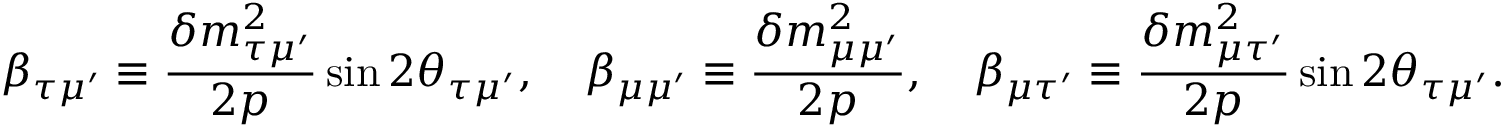
\beta _ { \tau \mu ^ { \prime } } \equiv { \frac { \delta m _ { \tau \mu ^ { \prime } } ^ { 2 } } { 2 p } } \sin 2 \theta _ { \tau \mu ^ { \prime } } , \quad \beta _ { \mu \mu ^ { \prime } } \equiv { \frac { \delta m _ { \mu \mu ^ { \prime } } ^ { 2 } } { 2 p } } , \quad \beta _ { \mu \tau ^ { \prime } } \equiv { \frac { \delta m _ { \mu \tau ^ { \prime } } ^ { 2 } } { 2 p } } \sin 2 \theta _ { \tau \mu ^ { \prime } } .